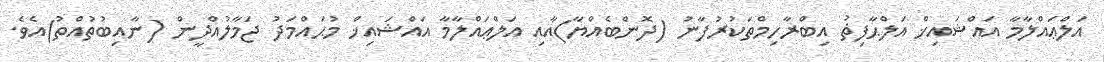
އަލްޢައްލާމާ އައްޝައިޚް އަލްޙާފިޡު އިބްރާހިމްތަކުރުފާނު (ދޮންބެއްޔާ)އާއި އަލްޢައްލާމާ އައްޝައިޚް މުޙައްމަދު ޖަމާލުއްދީން (ނާއިބުތުއްތު)އެވެ.